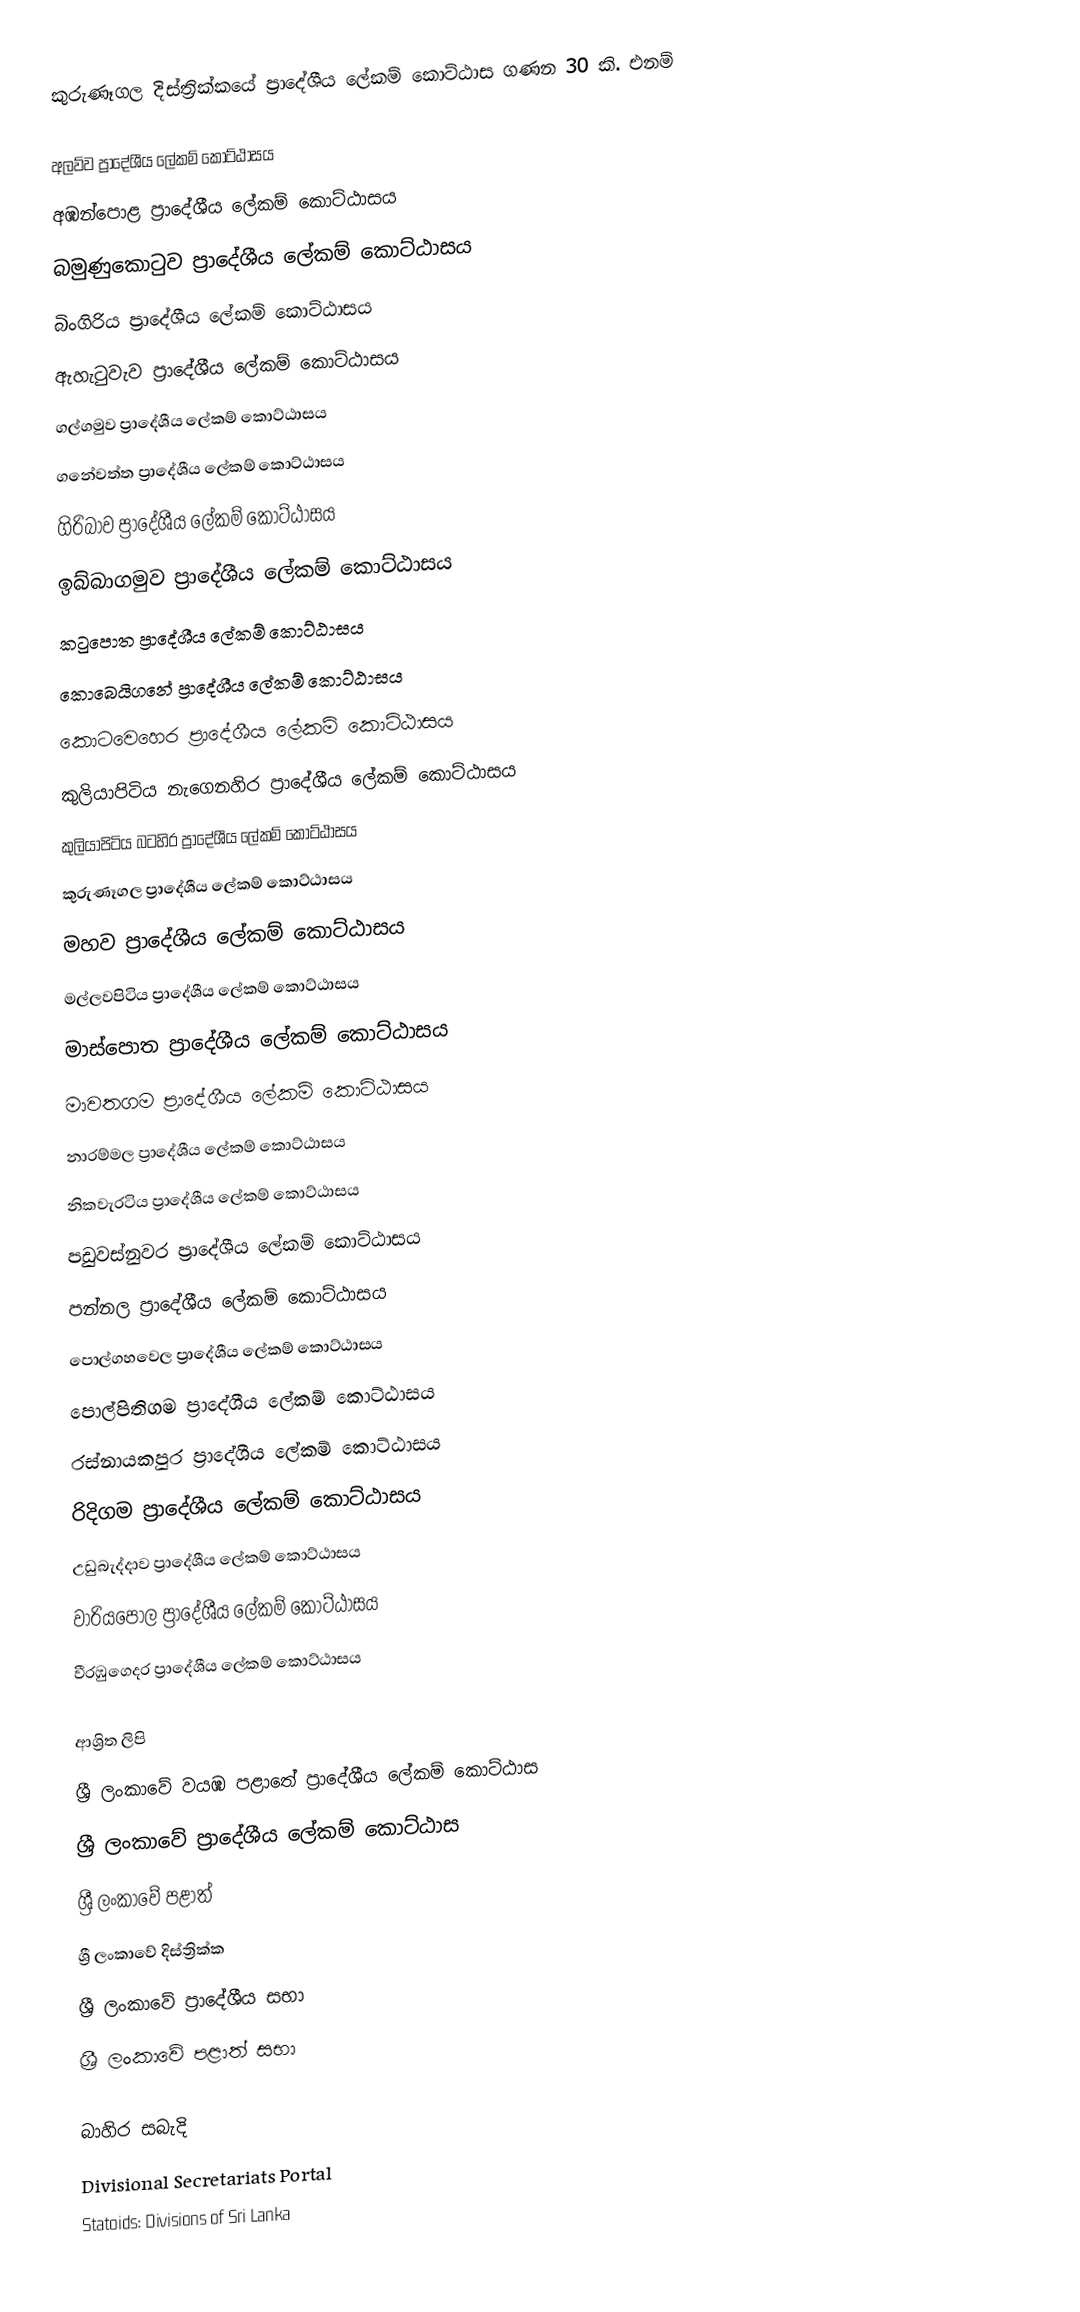
කුරුණෑගල දිස්ත්‍රික්කයේ ප්‍රාදේශීය ලේකම් කොට්ඨාස ගණන 30 කි. එනම්

 අලව්ව ප්‍රාදේශීය ලේකම් කොට්ඨාසය
 අඹන්පොළ ප්‍රාදේශීය ලේකම් කොට්ඨාසය
 බමුණුකොටුව ප්‍රාදේශීය ලේකම් කොට්ඨාසය
 බිංගිරිය ප්‍රාදේශීය ලේකම් කොට්ඨාසය
 ඇහැටුවැව ප්‍රාදේශීය ලේකම් කොට්ඨාසය
 ගල්ගමුව ප්‍රාදේශීය ලේකම් කොට්ඨාසය
 ගනේවත්ත ප්‍රාදේශීය ලේකම් කොට්ඨාසය
 ගිරිබාව ප්‍රාදේශීය ලේකම් කොට්ඨාසය
 ඉබ්බාගමුව ප්‍රාදේශීය ලේකම් කොට්ඨාසය
 කටුපොත ප්‍රාදේශීය ලේකම් කොට්ඨාසය
 කොබෙයිගනේ ප්‍රාදේශීය ලේකම් කොට්ඨාසය
 කොටවෙහෙර ප්‍රාදේශීය ලේකම් කොට්ඨාසය
 කුලියාපිටිය නැගෙනහිර ප්‍රාදේශීය ලේකම් කොට්ඨාසය
 කුලියාපිටිය බටහිර ප්‍රාදේශීය ලේකම් කොට්ඨාසය
 කුරුණෑගල ප්‍රාදේශීය ලේකම් කොට්ඨාසය
 මහව ප්‍රාදේශීය ලේකම් කොට්ඨාසය
 මල්ලවපිටිය ප්‍රාදේශීය ලේකම් කොට්ඨාසය
 මාස්පොත ප්‍රාදේශීය ලේකම් කොට්ඨාසය
 මාවතගම ප්‍රාදේශීය ලේකම් කොට්ඨාසය
 නාරම්මල ප්‍රාදේශීය ලේකම් කොට්ඨාසය
 නිකවැරටිය ප්‍රාදේශීය ලේකම් කොට්ඨාසය
 පඩුවස්නුවර ප්‍රාදේශීය ලේකම් කොට්ඨාසය
 පන්නල ප්‍රාදේශීය ලේකම් කොට්ඨාසය
 පොල්ගහවෙල ප්‍රාදේශීය ලේකම් කොට්ඨාසය
 පොල්පිතිගම ප්‍රාදේශීය ලේකම් කොට්ඨාසය
 රස්නායකපුර ප්‍රාදේශීය ලේකම් කොට්ඨාසය
 රිදිගම ප්‍රාදේශීය ලේකම් කොට්ඨාසය
 උඩුබැද්දාව ප්‍රාදේශීය ලේකම් කොට්ඨාසය
 වාරියපොල ප්‍රාදේශීය ලේකම් කොට්ඨාසය
 වීරඹුගෙදර ප්‍රාදේශීය ලේකම් කොට්ඨාසය

ආශ්‍රිත ලිපි
 ශ්‍රී ලංකාවේ වයඹ පළාතේ ප්‍රාදේශීය ලේකම් කොට්ඨාස
 ශ්‍රී ලංකාවේ ප්‍රාදේශීය ලේකම් කොට්ඨාස
 ශ්‍රී ලංකාවේ පළාත්
 ශ්‍රී ලංකාවේ දිස්ත්‍රික්ක
 ශ්‍රී ලංකාවේ ප්‍රාදේශීය සභා
 ශ්‍රී ලංකාවේ පළාත් සභා

බාහිර සබැදි
 Divisional Secretariats Portal
 Statoids: Divisions of Sri Lanka